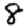
Digit: 8